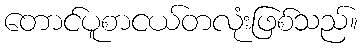
တောင်ပူစာငယ်တလုံးဖြစ်သည်။